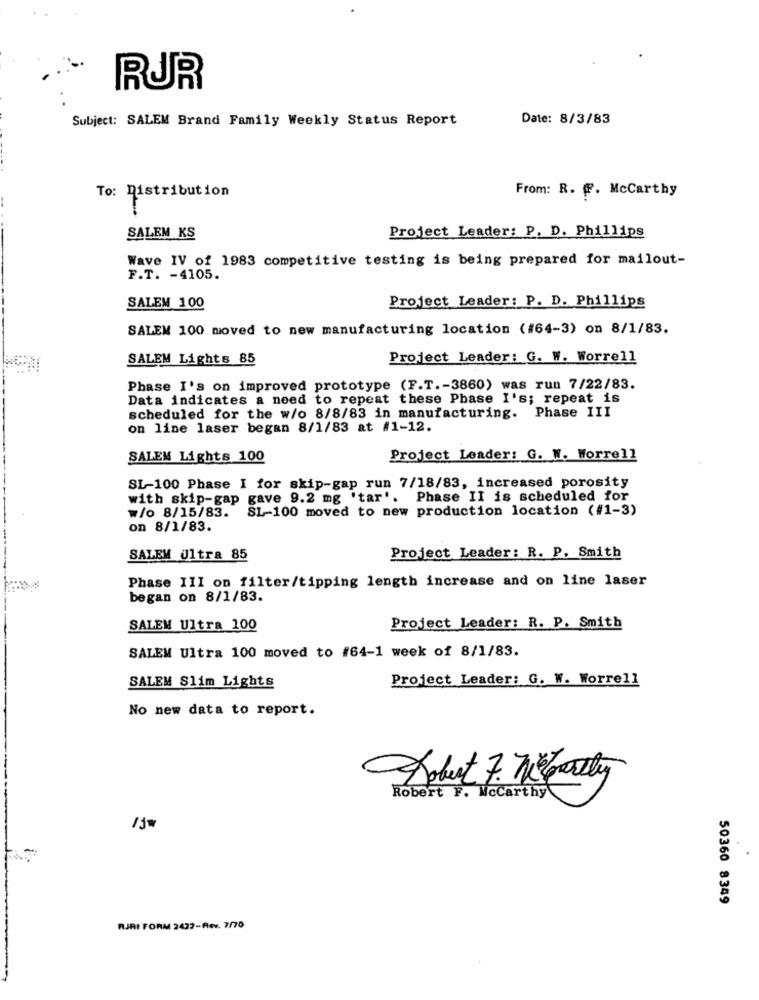
RUR
Subject: SALEM Brand Family Weekly Status Report
Date: 8/3/83
From: R. f. McCarthy
To: Distribution
SALEM KS
Project Leader: P. D. Phillips
Wave IV of 1983 competitive testing is being prepared for mailout-
F.T. - 4105.
Project Leader: P. D. Phillips
SALEM 100
SALEM 100 moved to new manufacturing location (#64-3) on 8/1/83.
SALEM Lights 85
Project Leader: G. W. Worrell
Phase I's on improved prototype (F.T .- 3860) was run 7/22/83.
Data indicates a need to repeat these Phase I's; repeat is
scheduled for the w/o 8/8/83 in manufacturing. Phase III
on line laser began 8/1/83 at #1-12.
SALEM Lights 100
Project Leader: G. W. Worrell
SL-100 Phase I for skip-gap run 7/18/83, increased porosity
with skip-gap gave 9.2 mg 'tar'. Phase II is scheduled for
w/o 8/15/83. SL-100 moved to new production location (#1-3)
on 8/1/83.
SALEM Ultra 85
Project Leader: R. P. Smith
Phase III on filter/tipping length increase and on line laser
began on 8/1/83.
SALEM Ultra 100
Project Leader: R. P. Smith
SALEM Ultra 100 moved to #64-1 week of 8/1/83.
Project Leader: G. W. Worrell
SALEM Slim Lights
No new data to report.
Robert 7. We party
Robert F. Mccarthy\
50360 8349
RJRI FORM 2437-Rev. 7/70